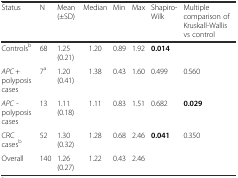
<table><thead><tr><td><b>Status</b></td><td><b>N</b></td><td><b>Mean (±SD)</b></td><td><b>Median</b></td><td><b>Min</b></td><td><b>Max</b></td><td><b>Shapiro-Wilk</b></td><td><b>Multiple comparison of Kruskall-Wallis vs control</b></td></tr></thead><tbody><tr><td>Controls<sup>b</sup></td><td>68</td><td>1.25 (0.21)</td><td>1.20</td><td>0.89</td><td>1.92</td><td><b>0.014</b></td><td></td></tr><tr><td><i>APC</i> + polyposis cases</td><td>7<sup>a</sup></td><td>1.20 (0.41)</td><td>1.38</td><td>0.43</td><td>1.60</td><td>0.499</td><td>0.560</td></tr><tr><td><i>APC</i> - polyposis cases</td><td>13</td><td>1.11 (0.18)</td><td>1.11</td><td>0.83</td><td>1.51</td><td>0.682</td><td><b>0.029</b></td></tr><tr><td>CRC cases<sup>b</sup></td><td>52</td><td>1.30 (0.32)</td><td>1.28</td><td>0.68</td><td>2.46</td><td><b>0.041</b></td><td>0.350</td></tr><tr><td>Overall</td><td>140</td><td>1.26 (0.27)</td><td>1.22</td><td>0.43</td><td>2.46</td><td></td><td></td></tr></tbody></table>